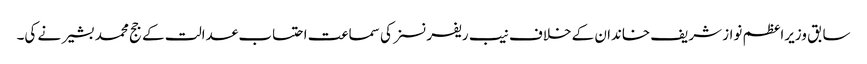
سابق وزیراعظم نواز شریف خاندان کے خلاف نیب ریفرنسز کی سماعت احتساب عدالت کے جج محمد بشیر نے کی۔